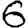
Digit: 6